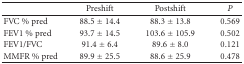
<table><thead><tr><td><b> </b></td><td><b>Preshift</b></td><td><b>Postshift</b></td><td><b><i>P</i></b></td></tr></thead><tbody><tr><td>FVC % pred</td><td>88.5 ± 14.4</td><td>88.3 ± 13.8</td><td>0.569</td></tr><tr><td>FEV1 % pred</td><td>93.7 ± 14.5</td><td>103.6 ± 105.9</td><td>0.502</td></tr><tr><td>FEV1/FVC</td><td>91.4 ± 6.4</td><td>89.6 ± 8.0</td><td>0.121</td></tr><tr><td>MMFR % pred</td><td>89.9 ± 25.5</td><td>88.6 ± 25.9</td><td>0.478</td></tr></tbody></table>